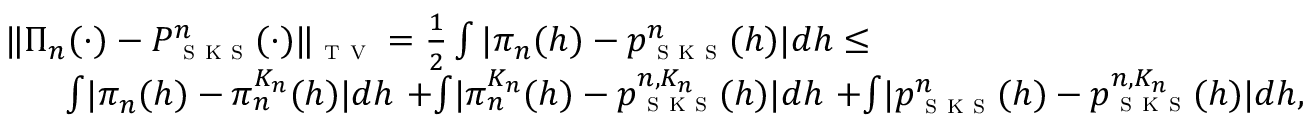
\begin{array} { r } { \begin{array} { r l } { \quad } & { \| \Pi _ { n } ( \cdot ) - P _ { \textsc { s k s } } ^ { n } ( \cdot ) \| _ { \textsc { t v } } = \frac { 1 } { 2 } \int | \pi _ { n } ( h ) - p _ { \textsc { s k s } } ^ { n } ( h ) | d h \leq } \\ & { \quad \ \ { \int } | \pi _ { n } ( h ) - \pi _ { n } ^ { K _ { n } } ( h ) | d h \ { + } { \int } | \pi _ { n } ^ { K _ { n } } ( h ) - p _ { \textsc { s k s } } ^ { n , K _ { n } } ( h ) | d h \ { + } { \int } | p _ { \textsc { s k s } } ^ { n } ( h ) - p _ { \textsc { s k s } } ^ { n , K _ { n } } ( h ) | d h , } \end{array} } \end{array}